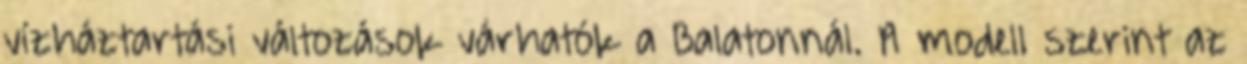
vízháztartási változások várhatók a Balatonnál. A modell szerint az